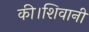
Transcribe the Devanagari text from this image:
की।शिवानी